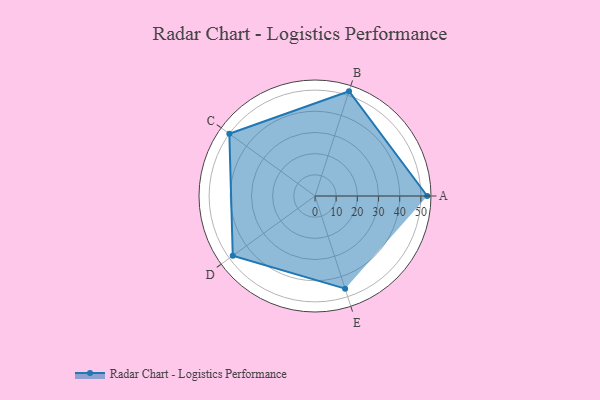
{"axis": {"x": "Skill", "y": "Score"}, "legend": ["Profile"], "data": [{"x": "A", "y": 53.0, "type": "Profile"}, {"x": "B", "y": 52.0, "type": "Profile"}, {"x": "C", "y": 50.0, "type": "Profile"}, {"x": "D", "y": 48.0, "type": "Profile"}, {"x": "E", "y": 46.0, "type": "Profile"}]}